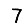
Digit: 7